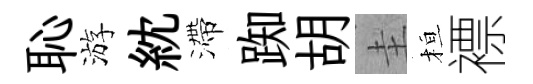
恥游紞滯踟胡圭桓褾